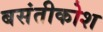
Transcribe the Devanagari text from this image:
बसंतीकोश